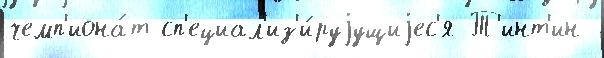
чемп'иона́т сп'ециал'из'и́руjущиjес'я Т'инт'ин